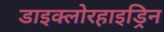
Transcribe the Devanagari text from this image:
डाइक्लोरहाइड्रिन